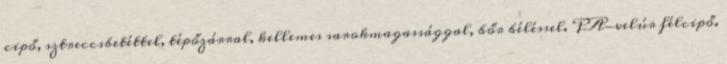
cipő, sztreccsbetéttel, tépőzárral, kellemes sarokmagassággal, bőr béléssel. PA-velúr félcipő.